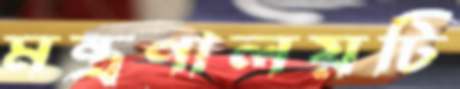
মন্ত্রণালয়টি